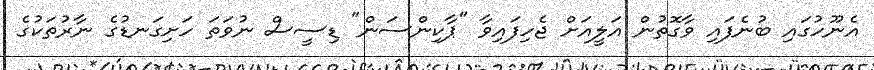
އެނޫހުގައި ބުނެފައި ވާގޮތުން އަލީއަށް ޖެހިފައިވާ "ޕާކިންސަން" ޑިސީސް ނުވަތަ ހަށިގަނޑުގެ ނާރުތަކުގެ